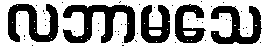
လဘာမသေ